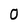
Character: O